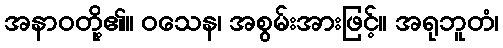
အနာဝတို့၏။ ဝသေန၊ အစွမ်းအားဖြင့်။ အရုဘူတံ၊